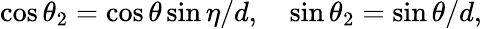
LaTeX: \cos{\theta_{2}}=\cos{\theta}\sin{\eta}/d,\quad\sin{\theta_{2}}=\sin{\theta}/d,